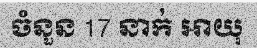
ចំនួន 17 នាក់ អាយុ